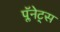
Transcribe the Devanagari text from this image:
प्लॅनेट्स